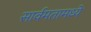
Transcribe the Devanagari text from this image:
सार्वमतामध्ये